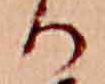
る